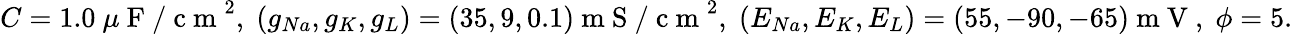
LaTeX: C=1.0~\mu\mathrm{~F~/~c~m~}^{2},\; (g_{Na},g_{K},g_{L})=(35,9,0.1)\mathrm{~m~S~/~c~m~}^{2},\; (E_{Na},E_{K},E_{L})=(55,-90,-65)\mathrm{~m~V~},\; \phi=5.